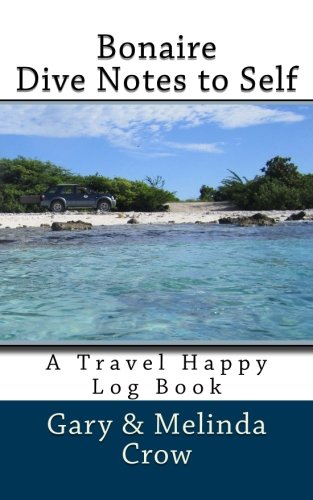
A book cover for Bonaire Dive Notes to Self: A Travel Happy Log Book; Melinda Crow; Travel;